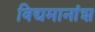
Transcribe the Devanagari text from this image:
विद्यमानांश